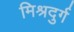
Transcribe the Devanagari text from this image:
मिश्रदुर्ग